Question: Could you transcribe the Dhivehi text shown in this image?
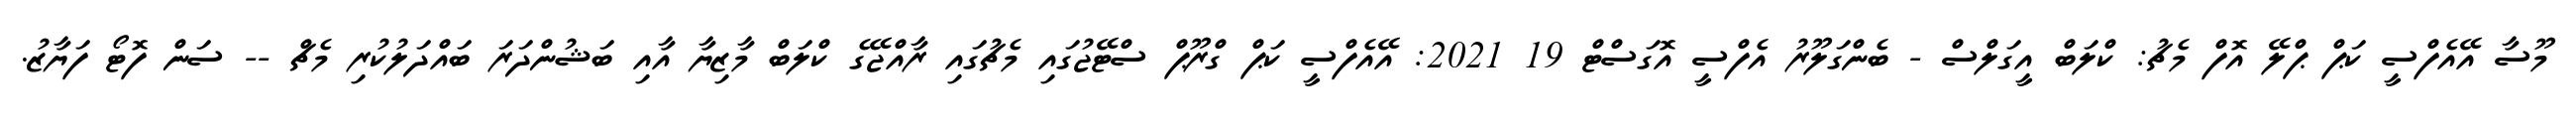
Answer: މޫސާ އޭއެފްސީ ކަޕް ޕްލޭ އޮފް މެޗު: ކްލަބް އީގަލްސް - ބެންގަލޫރު އެފްސީ އޮގަސްޓް 19 2021: އޭއެފްސީ ކަޕް ގްރޫޕް ސްޓޭޖުގައި މެޗުގައި ރާއްޖޭގެ ކްލަބް މާޒިޔާ އާއި ބަޝުންދަރަ ބައްދަލުކުރި މެޗް -- ސަން ފޮޓޯ ފަޔާޒު.